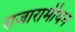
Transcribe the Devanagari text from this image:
राजारामीयन